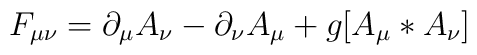
F_{\mu \nu}= \partial_{\mu}A_{\nu}-  \partial_{\nu}A_{\mu}+g[A_{\mu}*A_{\nu}]